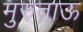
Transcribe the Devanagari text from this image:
मुरुताऊ